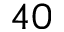
4 0